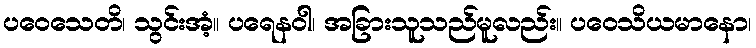
ပဝေသေတိ၊ သွင်းအံ့။ ပရေနဝါ၊ အခြားသူသည်မူလည်း။ ပဝေသိယမာနော၊